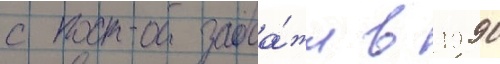
с прода́жи в 1990